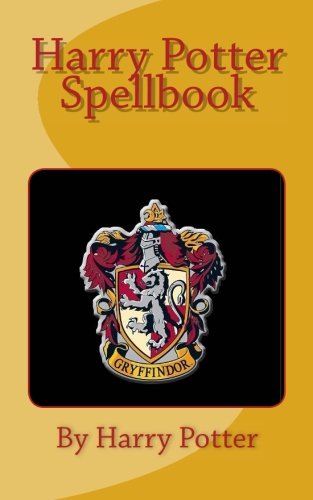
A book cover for Harry Potter Spellbook; Harry Potter; Religion & Spirituality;